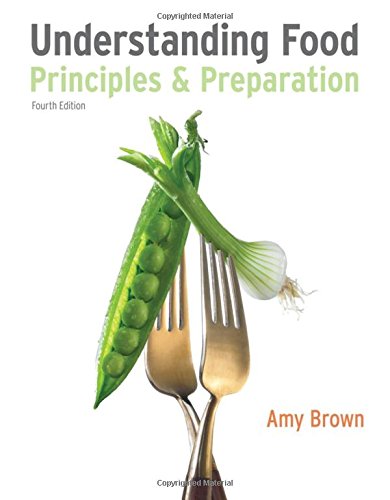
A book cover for Understanding Food: Principles and Preparation (Available Titles CourseMate); Amy Christine Brown; Medical Books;